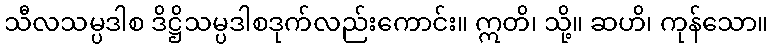
သီလသမ္ပဒါစ ဒိဋ္ဌိသမ္ပဒါစဒုက်လည်းကောင်း။ ဣတိ၊ သို့။ ဆဟိ၊ ကုန်သော။